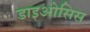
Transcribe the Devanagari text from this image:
डाइओसिस